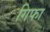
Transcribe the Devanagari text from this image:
गिफा